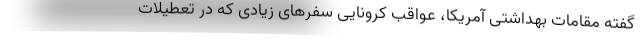
گفته مقامات بهداشتی آمریکا، عواقب کرونایی سفرهای زیادی که در تعطیلات